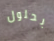
بحلول